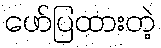
ဖော်ပြထားတဲ့